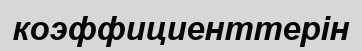
коэффициенттерін